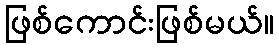
ဖြစ်ကောင်းဖြစ်မယ်။